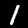
Digit: 1